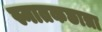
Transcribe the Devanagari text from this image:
स्नातकछात्रा